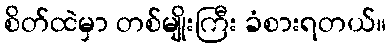
စိတ်ထဲမှာ တစ်မျိုးကြီး ခံစားရတယ်။